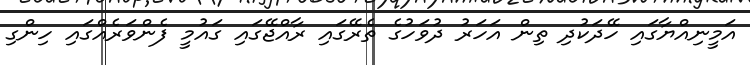
އަމީނިއްޔާގައި ހޭދަކުދި ތިން އަހަރު ދުވަހުގެ ތެރޭގައި ރާއްޖޭގައި ގައުމީ ފެންވަރެއްގައި ހިންގި